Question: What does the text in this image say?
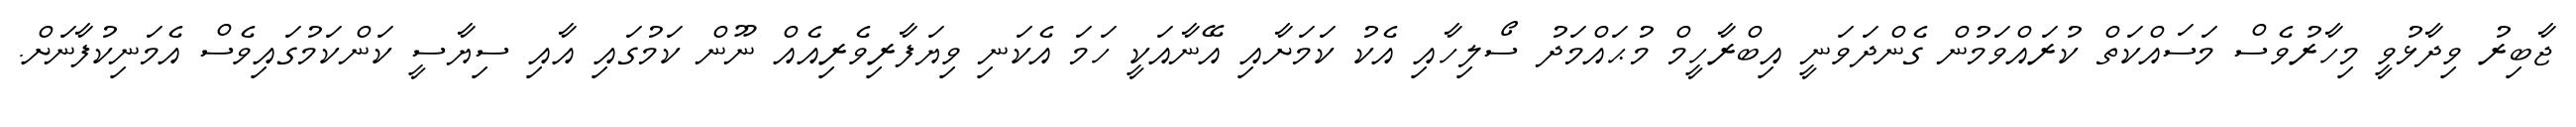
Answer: ޖާބިރު ވިދާޅުވީ މިހާރުވެސް މަސައްކަތް ކުރައްވަމުން ގެންދަވަނީ އިބްރާހީމް މުޙައްމަދު ސޯލިހާއި އެކު ކަމަށާއި އޭނާއަކީ ހަމަ އެކަނި ވިޔަފާރިވެރިއެއް ނޫން ކަމުގައި އާއި ސިޔާސީ ކަންކަމުގައިވެސް އެމަނިކުފާނަށް.